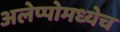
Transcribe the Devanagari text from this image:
अलेप्पोमध्येच